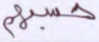
حسبهم